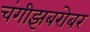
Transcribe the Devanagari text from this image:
चंगीझबरोबर